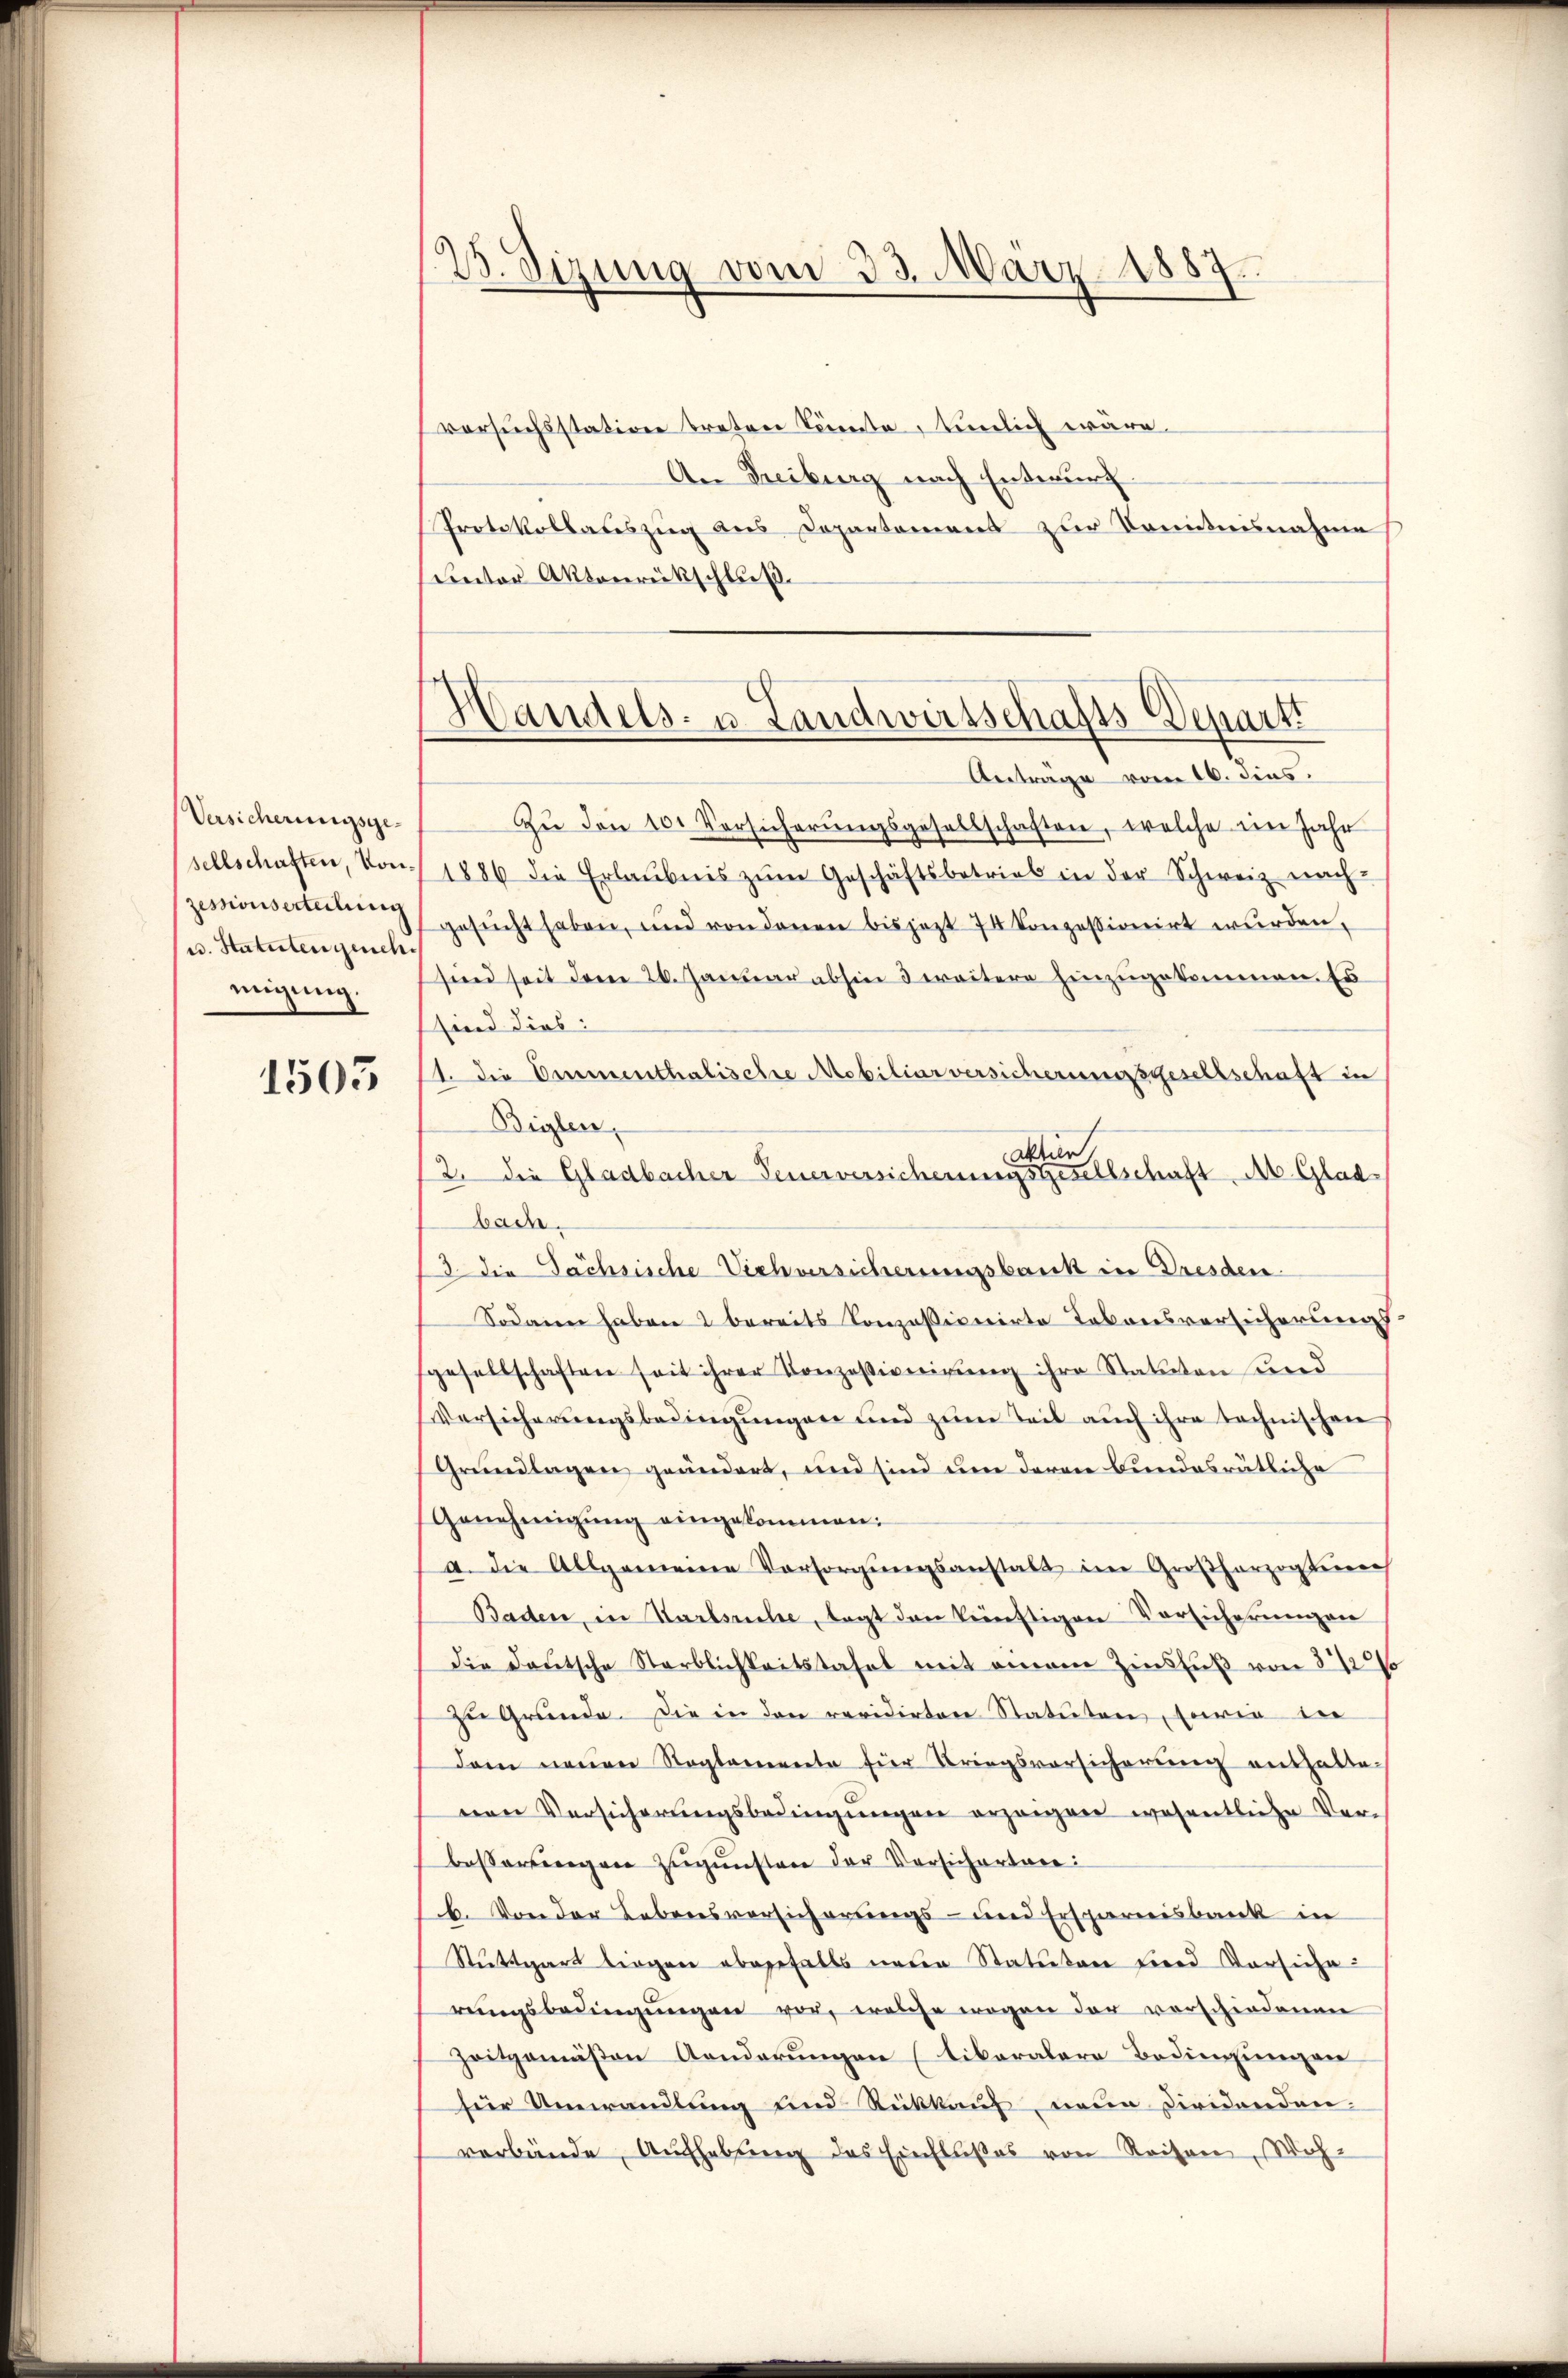
Versicherungsge-
sellschaften, Konzessionserteilung
w. Statuten geneh
migung.

1505

Sizung vom 23. März 1887.

versuchsstation treten Sonnte, tunlich wäre.
An Freiburg nach Entwurf.
Protokollateszug aus Departement zur Kenntnisnahme
unter Aktenrückschluß.

Handels- u. Landwirtschafts-Departi

Antrage vom 16. dies
Zu den 10. Vorsicherungsgesellschaften, welche im Jahr
1886 die Erlaubnis zŭm Geschäftsbetrieb in der Schweiz nach-
gesucht haben, und von denen bis jezt 74 Konzessionirt wurden,
sind seit dem 26. Januar abhie 3 weitere hinzugekommen. Es
sind dies:
1. Die Emmenthalische Mobiliarversicherungsgesellschaft in
Biglen,
Aktier
2. die Gladbacher Feuerversicherungsgesellschaft Ab. Glad
bade
d die Sachsische Viehversicherungsbank in Dresden
Sodann haben & bereits Conzessionirte Takonsversicherungs
gesellschaften seit ihrer Konzessiveigŭng ihre Statuten und
Versicherungsbedingungen und zum Teil auch ihre technischen
Grundlagen geändert, und sind um daran Bundesrätliche
Genehmigŭng eingekommen:
a. Die Allgemeine Vorsorgŭngsanstalt im Großherzogteien
Baden, in Karlsuche, tagt den künftigen Vorsicherungen
Die Deutsche Sterblichkeitstafel mit einem Zinsfuß von 3 1/2%
zu Gründe. Die in den revidirten Statuten, sowie in
Dein neuen Reglemente für Kriegsvorsicherung enthalte-
nen Versicherungsbedingungen erzeigen wesentliche Ver-
besserringen zŭgŭnsten der Versichertare:
b. Von der Lebensversicherungs- und Erspareisbank in
Stuttgart liegen abgefalls neuen Statuten und Vorsiche
rungsbedingungen vor, welche wegen der vorschiedenen
Zeitgemäßen Aenderungen (tikaralere Bedingungen
für Umwandlung und Rückkauf neue Dividenden.
verbände, Aufhebŭng des Einflußes von Reisen, Woh-